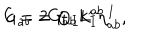
G _ { a b } = \oplus _ { I } k _ { I } \eta _ { a b } ^ { I } , \hspace { . 2 i n } c = 2 G _ { a b } L ^ { a b }